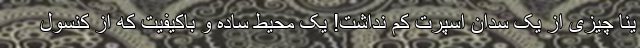
ینا چیزی از یک سدان اسپرت کم نداشت! یک محیط ساده و باکیفیت که از کنسول